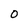
Character: o